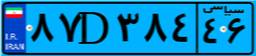
۰۶D۵۸۲۷۹